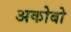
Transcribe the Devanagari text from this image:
अकोबो